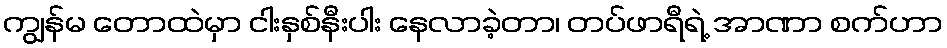
ကျွန်မ တောထဲမှာ ငါးနှစ်နီးပါး နေလာခဲ့တာ၊ တပ်ဖာရီရဲ့ အာဏာ စက်ဟာ